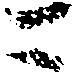
ニ